Trukikaitis_Postimees, lk 208
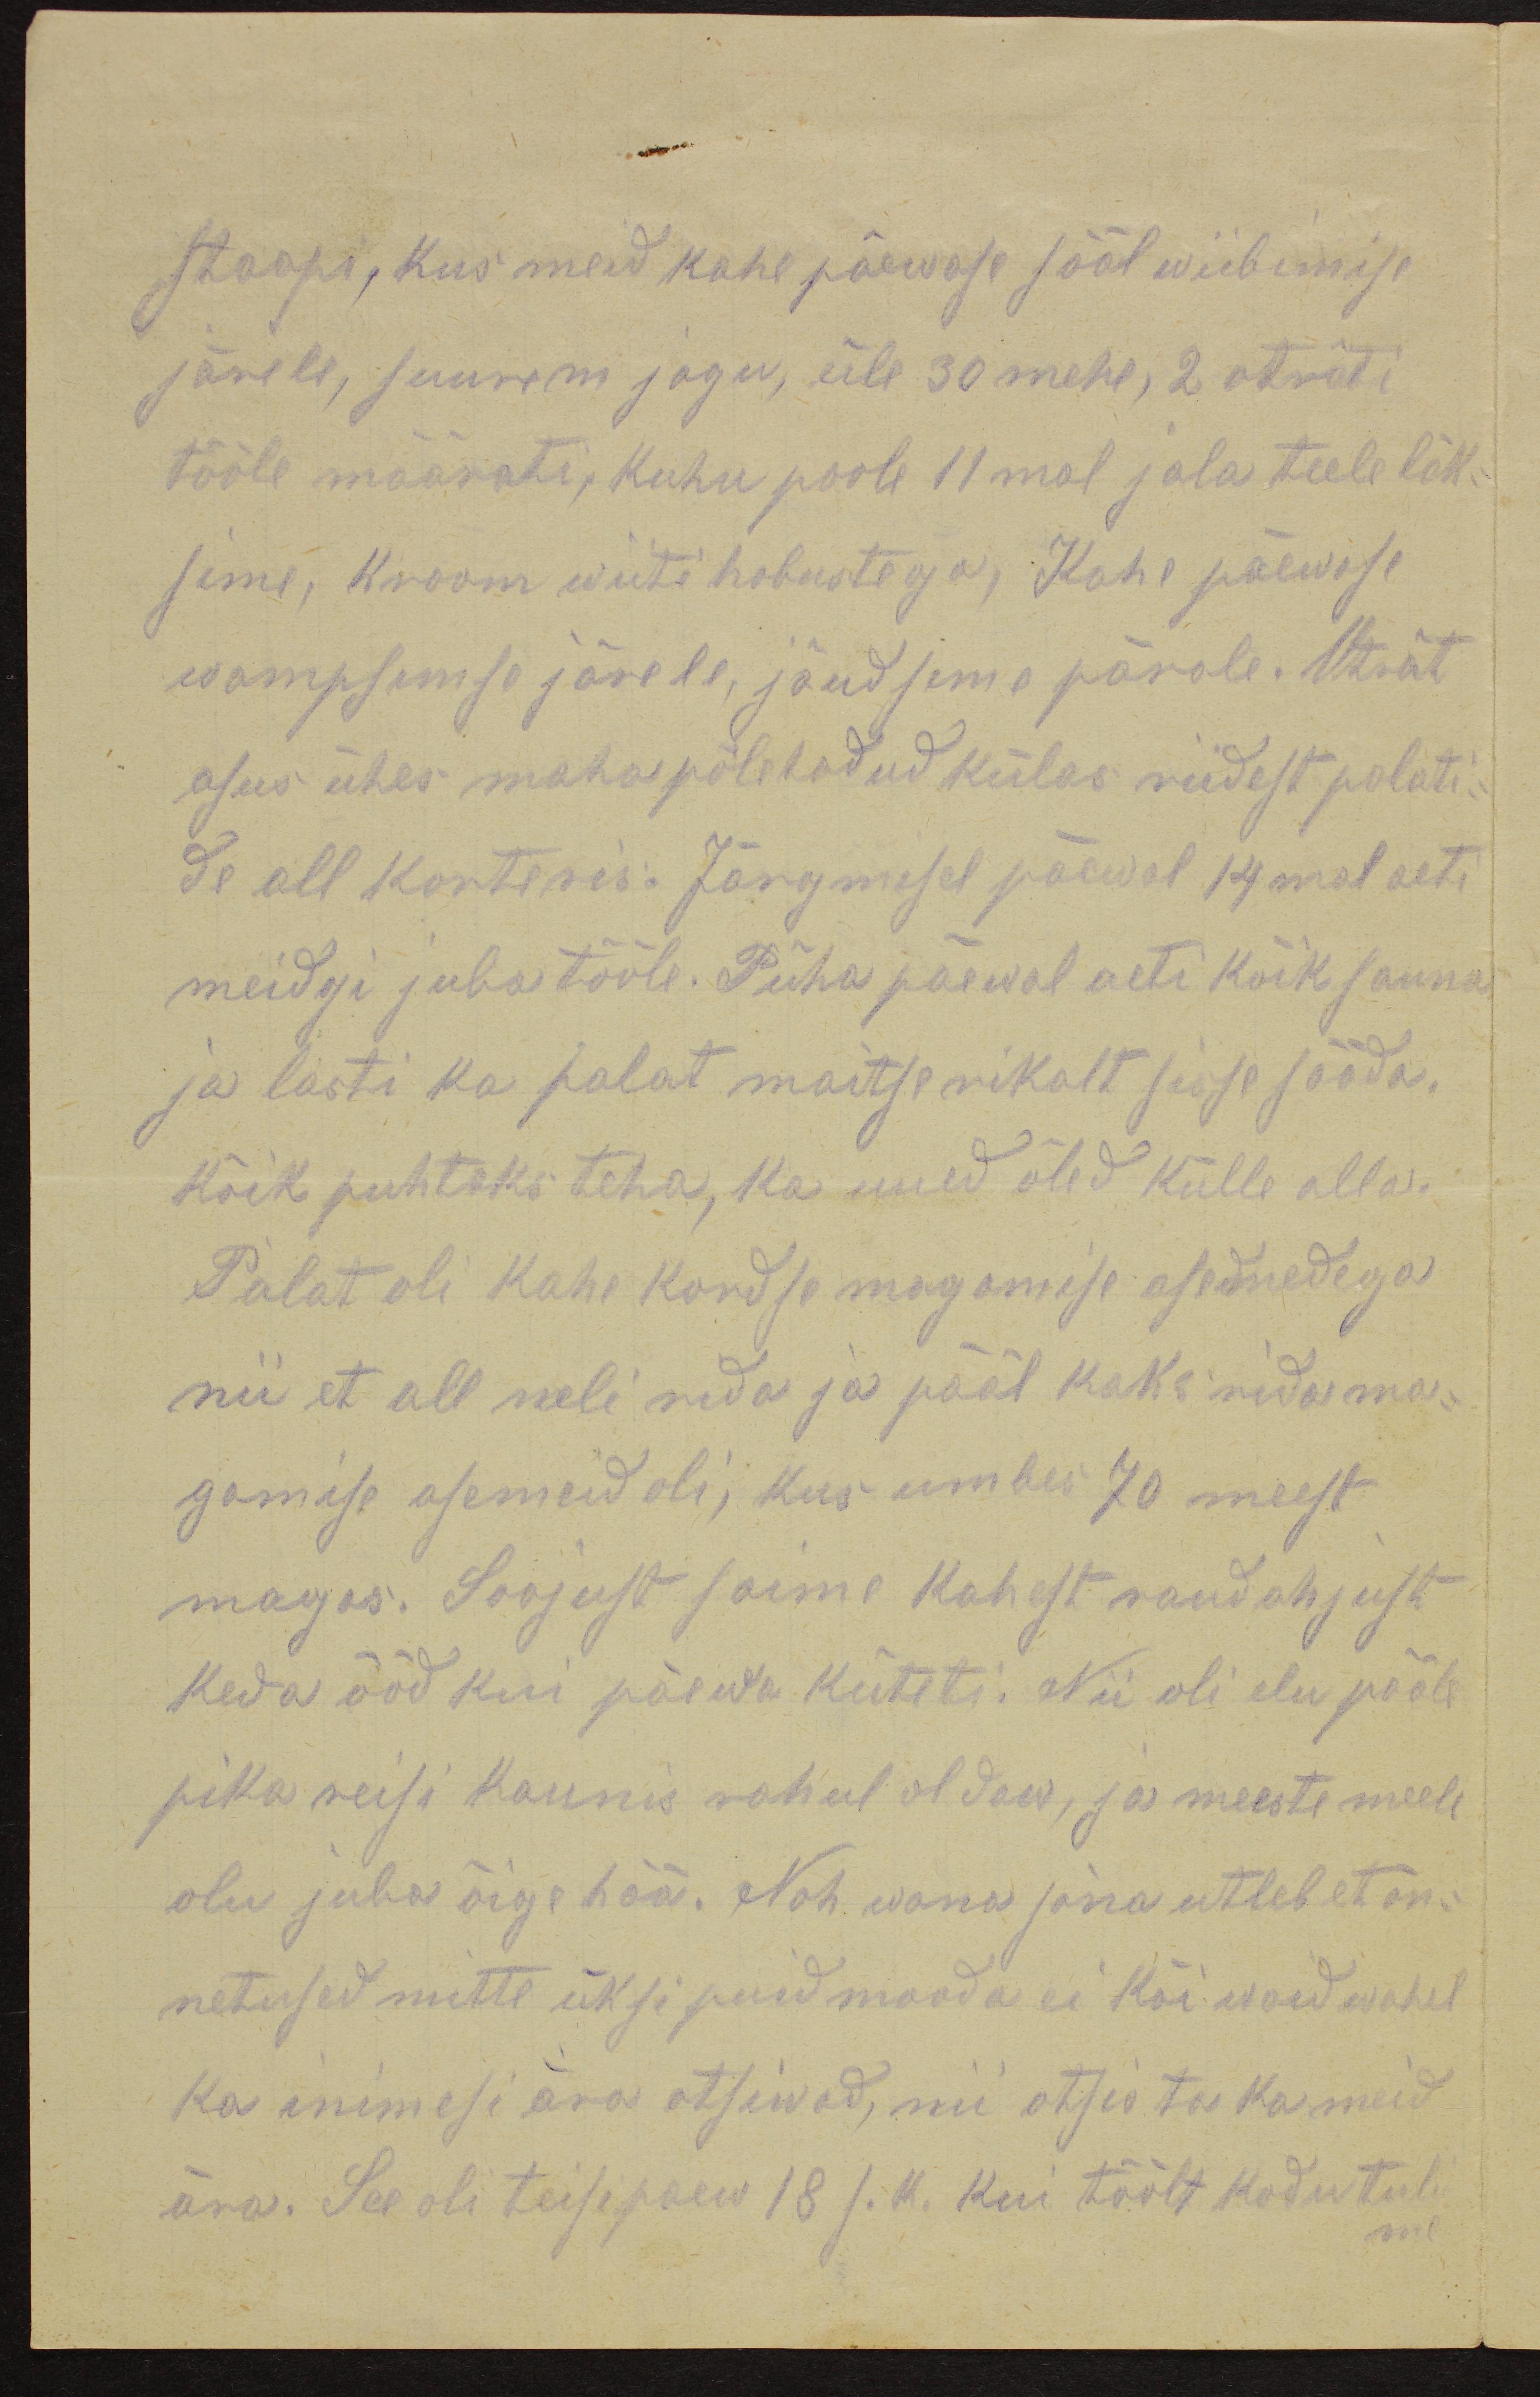
staapi, kus meid kahe päewase sääl wiibimise
järele, suurem jagu, üle 30 mehe, 2 oträti
tööle määrati, kuhu poole 11mal jala teele läk-
sime, kraam wiiti hobustega, Kahe päewase
wampsemse järele, jõudsime pärale. Oträt
asus ühes maha põletadud külas riidest palati-
de all korteris. Järgmisel päewal 14mal aeti
meidgi juba tööle. Püha päewal aeti kõik sauna
ja lasti ka palat maitserikalt sisse sääda.
Kõik puhtaks teha, ka uued õled külle alla.
Palat oli kahe kordse magamise asemedega
nii et all neli rida ja pääl kaks rida ma-
gamise asemeid oli, kus umbes 70 meest
magas. Soojust saime kahest raudahjust
keda ööd kui päewa küteti. Nii oli elu pääle
pika reisi kaunis rahul oldaw, ja meeste meele
olu juba õige hää. Noh wana sõna utleb et õn-
netused mitte üksi puid mooda ei käi waid wahel
ka inimesi ära otsiwad, nii otsis ta ka meid
ära. See oli teisipaew 18 s. k. kui töölt kodu tuli
me